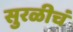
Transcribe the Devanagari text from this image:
सुरळीचं